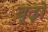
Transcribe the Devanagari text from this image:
बूढ़ो